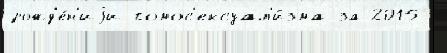
рожд'е́н'иjи гомос'ексуал'и́зма за 2015